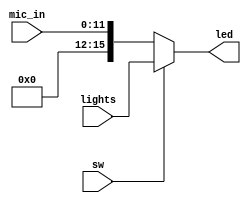
`timescale 1ns / 1ps
//////////////////////////////////////////////////////////////////////////////////
// Company: 
// Engineer: 
// 
// Design Name: 
// Module Name: MUX_21
// Project Name: 
// Target Devices: 
// Tool Versions: 
// Description: 
// 
// Dependencies: 
// 
// Revision:
// Revision 0.01 - File Created
// Additional Comments:
// 
//////////////////////////////////////////////////////////////////////////////////


module MUX_21(
    input sw,
    input [15:0] lights,
    input [11:0] mic_in,
    output [15:0] led
    );
//    wire levels, peak_vol;
//    volume_display vol_d(sclk, mic_in, levels, peak_vol);
    assign led = sw ? lights : mic_in;
endmodule